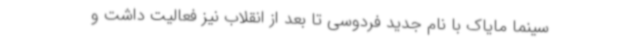
سینما مایاک با نام جدید فردوسی تا بعد از انقلاب نیز فعالیت داشت و